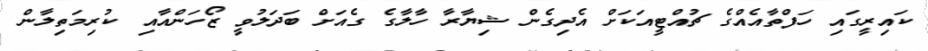
ކައިރީގައި ހަފްތާއެއްގެ ޗުއްޓީއަކަށް އެދިގެން ޝިޔާރާ ހާލާގެ ގެއަށް ބަދަލުވީ ޒޯހަންއާއި ކުރިމަތިލާން